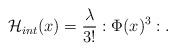
LaTeX: \begin{align*}{\cal{H}}_{int}(x)=\frac{\lambda}{3!} : \Phi(x)^3:.\end{align*}